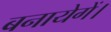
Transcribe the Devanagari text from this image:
बनायेगें।